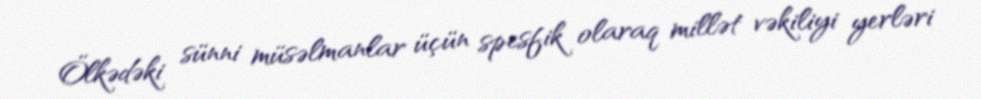
Ölkədəki sünni müsəlmanlar üçün spesfik olaraq millət vəkiliyi yerləri